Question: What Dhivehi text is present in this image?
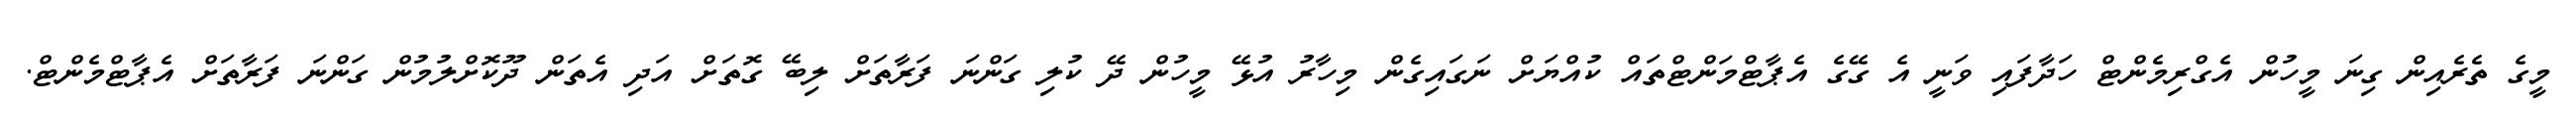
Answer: މީގެ ތެރެއިން ގިނަ މީހުން އެގްރިމެންޓް ހަދާފައި ވަނީ އެ ގޭގެ އެޕާޓްމަންޓްތައް ކުއްޔަށް ނަގައިގެން މިހާރު އުޅޭ މީހުން ދޭ ކުލި ގަންނަ ފަރާތަށް ލިބޭ ގޮތަށް އަދި އެތަން ދޫކޮށްލުމުން ގަންނަ ފަރާތަށް އެޕާޓްމެންޓް.